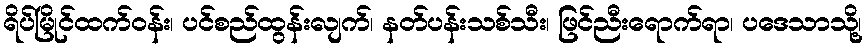
ရိပ်မြိုင်ထက်ဝန်း၊ ပင်စည်ထွန်းလျက်၊ နတ်ပန်းသစ်သီး၊ ဖြင်ညီးရောက်ရာ၊ ပဒေသာသို့၊